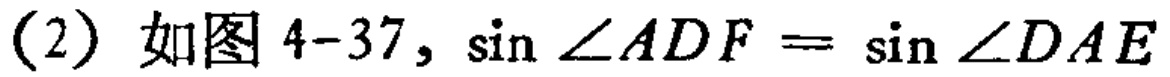
(2) 如图 4-37, \(\sin\angle ADF = \sin\angle DAE\)